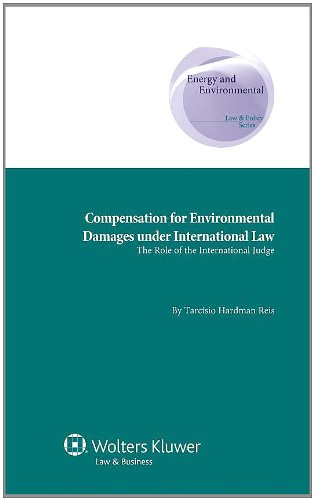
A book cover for Compensation for Environmental Damages Under International Law: The Role of the International Judge (Energy and Environmental Law and Policy Series) ... Supranational and Comparative Aspects); Tarcisio Hardman Reis; Law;